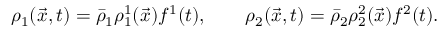
\rho _ { 1 } ( \vec { x } , t ) = \bar { \rho } _ { 1 } \rho _ { 1 } ^ { 1 } ( \vec { x } ) f ^ { 1 } ( t ) , \qquad \rho _ { 2 } ( \vec { x } , t ) = \bar { \rho } _ { 2 } \rho _ { 2 } ^ { 2 } ( \vec { x } ) f ^ { 2 } ( t ) .